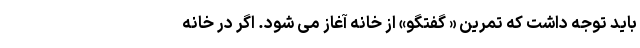
باید توجه داشت که تمرین « گفتگو» از خانه آغاز می شود. اگر در خانه